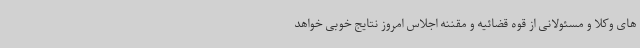
های وکلا و مسئولانی از قوه قضائیه و مقننه اجلاس امروز نتایج خوبی خواهد